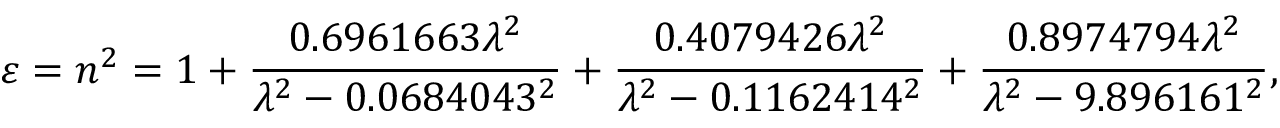
\varepsilon = n ^ { 2 } = 1 + { \frac { 0 . 6 9 6 1 6 6 3 \lambda ^ { 2 } } { \lambda ^ { 2 } - 0 . 0 6 8 4 0 4 3 ^ { 2 } } } + { \frac { 0 . 4 0 7 9 4 2 6 \lambda ^ { 2 } } { \lambda ^ { 2 } - 0 . 1 1 6 2 4 1 4 ^ { 2 } } } + { \frac { 0 . 8 9 7 4 7 9 4 \lambda ^ { 2 } } { \lambda ^ { 2 } - 9 . 8 9 6 1 6 1 ^ { 2 } } } ,